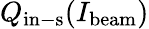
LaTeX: Q_{\mathrm{in-s}}(I_{\mathrm{beam}})